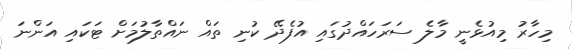
މިހާރު މިއުޅެނީ މާލެ ސަރަހައްދުގައި އުފެދޭ ކުނި ތައް ނައްތާލުމަށް ޓަކައި އަންނަ